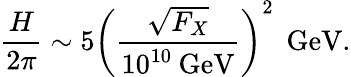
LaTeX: \frac{H}{2\pi}\sim 5\left(\frac{\sqrt{F_{X}}}{10^{10}\: \mathrm{GeV}}\right)^{2}\: \: \mathrm{GeV}.